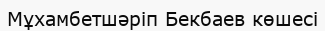
Мұхамбетшәріп Бекбаев көшесі